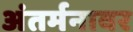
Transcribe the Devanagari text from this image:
अंतर्मनावर